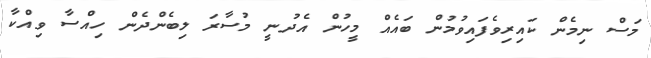
މަސް ނިމެން ކައިރިވެފައިވުމުން ބައެއް މީހުން އެދުނީ މުސާރަ ލިބެންދެން ހިއްސާ ވިއްކާ